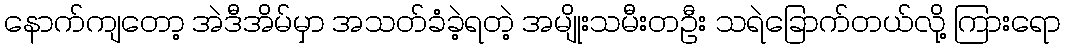
နောက်ကျတော့ အဲဒီအိမ်မှာ အသတ်ခံခဲ့ရတဲ့ အမျိုးသမီးတဦး သရဲခြောက်တယ်လို့ ကြားရော